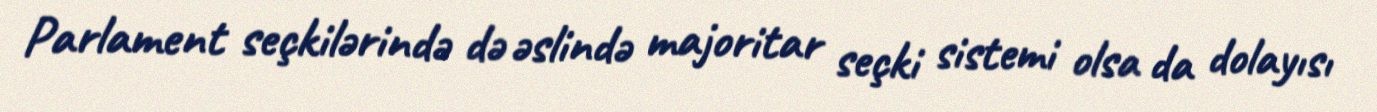
Parlament seçkilərində də əslində majoritar seçki sistemi olsa da dolayısı